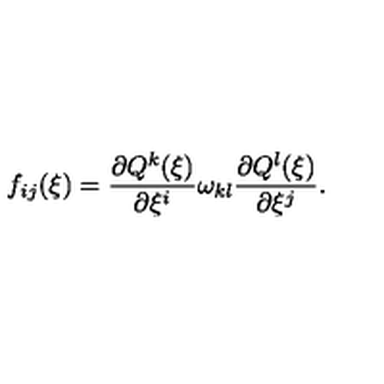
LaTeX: f _ { i j } ( \xi ) = \frac { \partial Q ^ { k } ( \xi ) } { \partial \xi ^ { i } } \omega _ { k l } \frac { \partial Q ^ { l } ( \xi ) } { \partial \xi ^ { j } } .